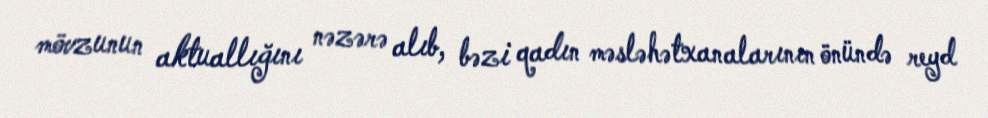
mövzunun aktuallığını nəzərə alıb, bəzi qadın məsləhətxanalarının önündə reyd